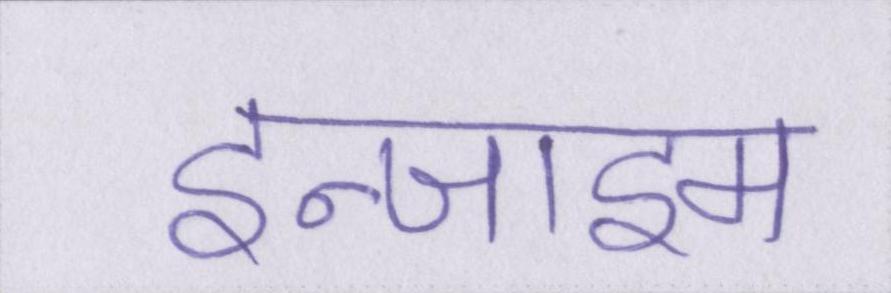
इन्जाइम